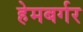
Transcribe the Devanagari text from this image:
हेमबर्गर